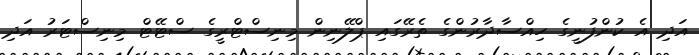
އަދި އެ ކުންފުނީގެ ހިއްސާދާރުންގެ ތެރޭގައި ޕްލޭނިން މިނިސްޓްރީގެ ސްޓޭޓް މިނިސްޓަރު އަދި